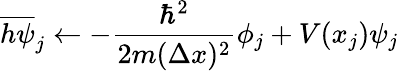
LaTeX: \overline{{h\psi}}_{j}\leftarrow-\frac{\hbar^{2}}{2m(\Delta x)^{2}}\phi_{j}+V(x_{j})\psi_{j}